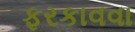
ફરકાવવા